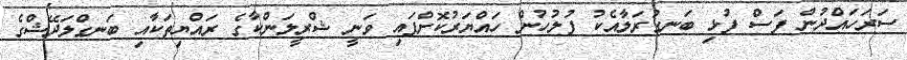
ސަރަހައްދުން ފަސް ފުޅި ބަނގުރަލާއެކު ފުލުހުން ހައްޔަރުކޮށްފައި ވަނީ ޝްރީލަންކާގެ ރައްޔިތަކާއި ބަނގްލަދޭޝްގެ